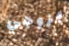
بزوجي